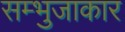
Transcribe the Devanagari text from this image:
सम्भुजाकार